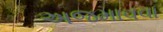
અજમાવવા